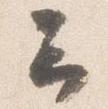
云